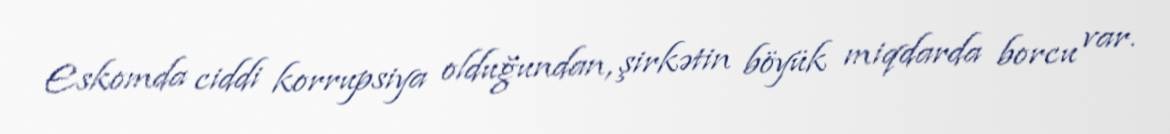
Eskomda ciddi korrupsiya olduğundan, şirkətin böyük miqdarda borcu var.